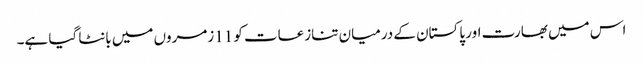
اس میں بھارت اور پاکستان کے درمیان تنازعات کو 11زمروں میں بانٹا گیا ہے۔